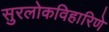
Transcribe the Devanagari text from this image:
सुरलोकविहारिणे